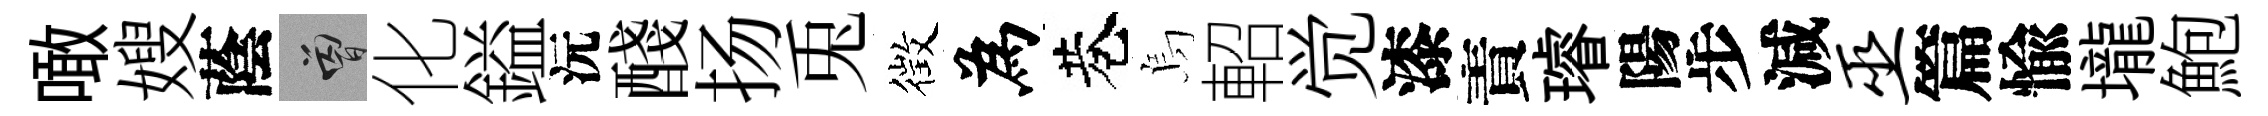
噉嫂蔭曾化鎰沅醆扬兎徴為巷烏軺觉漆責璿陽步減巫篇愉壠鮑